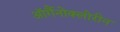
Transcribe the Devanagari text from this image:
ऑर्गैनोक्लोरीन